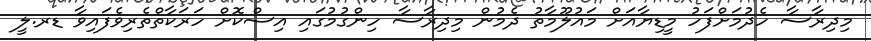
މިދިރާސާ ހެދުމަށްފަހު މީޑިޔާއަށް މައުލޫމާތު ދެމުން މިދިރާސާ ހިންގުމުގައި އިސްކޮށް ހަރަކާތްތެރިވެފައިވާ ޑރ.ލީ